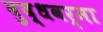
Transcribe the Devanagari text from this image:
बुद्धवर्मा